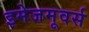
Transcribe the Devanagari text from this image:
इमेजमूवर्स